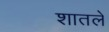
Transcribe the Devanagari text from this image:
शातले